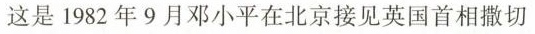
这是1982年9月邓小平在北京接见英国首相撒切